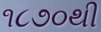
૧૮૭૦થી